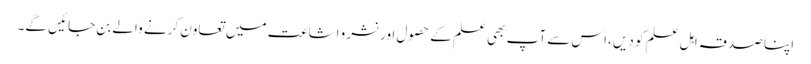
اپنا صدقہ اہل علم کو دیں ،اس سے آپ بھی علم کے حصول اور نشر و اشاعت میں تعاون کرنے والے بن جائیں گے۔